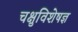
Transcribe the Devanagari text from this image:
चक्षुविशेषज्ञ